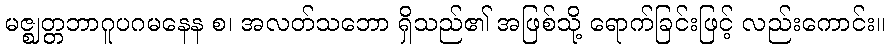
မဇ္ဈတ္တဘာဂူပဂမနေန စ၊ အလတ်သဘော ရှိသည်၏ အဖြစ်သို့ ရောက်ခြင်းဖြင့် လည်းကောင်း။